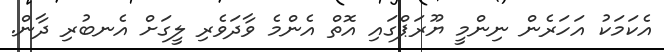
އެކަމަކު އަހަރެން ނިންމީ ޔޫރަޕްގައި އޮތް އެންމެ ވާދަވެރި ލީގަށް އެނބުރި ދާން.